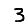
Digit: 3